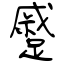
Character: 蹙